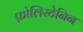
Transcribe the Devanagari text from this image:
फ़ोलिस्टेनिन